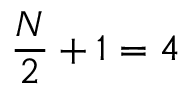
\frac { N } { 2 } + 1 = 4